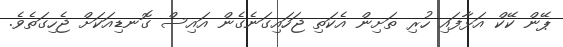
ޕޭން ކޭކް އަޅާފައި ހުރި ތަށިން އެކަތި ޖަހައިގަނެގެން އައިސް ގޮނޑިއަކަށް ޖެހިގަތެވެ.